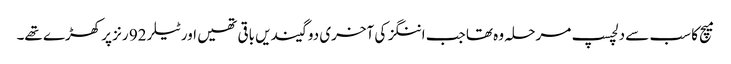
میچ کا سب سے دلچسپ مرحلہ وہ تھا جب اننگز کی آخری دو گیندیں باقی تھیں اور ٹیلر 92 رنز پر کھڑے تھے۔